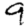
Digit: 9